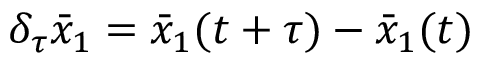
\delta _ { \tau } \bar { x } _ { 1 } = \bar { x } _ { 1 } ( t + \tau ) - \bar { x } _ { 1 } ( t )